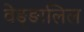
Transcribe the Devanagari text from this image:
वेङ्ङालिल